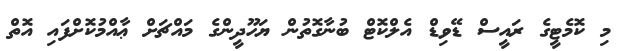
މި ކޮމެޓީގެ ރައީސް ޑޭވިޑް އެލްކޮޓް ބުނާގޮތުން ޔަހޫދީންގެ މައްޗަށް ޢާއްމުކޮށްފައި އޮތް